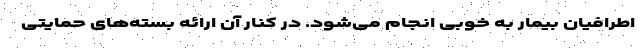
اطرافیان بیمار به خوبی انجام می‌شود. در کنار آن ارائه بسته‌های حمایتی